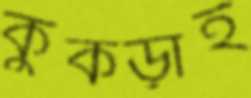
কুঁকড়াই